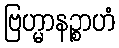
ဗြဟ္မာနဉ္စာဟံ